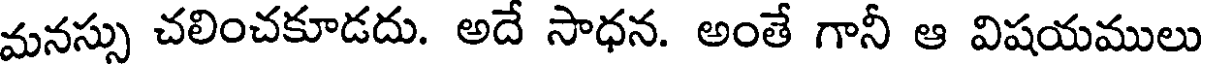
మనస్సు చలించకూడదు. అదే సాధన. అంతే గానీ ఆ విషయములు